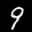
Label: 9